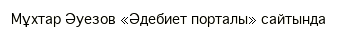
Мұхтар Әуезов «Әдебиет порталы» сайтында